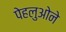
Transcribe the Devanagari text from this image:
पेहलुओने